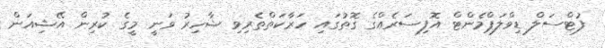
ފުޓްސަލް ޑިވްލަޕްމެންޓް އޮފިސަރެއްގެ ގޮތުގައި ހަރާކަތްތެރިވި ޝާހިރު ވަނީ މީގެ ކުރިން އޭޝިއަން